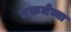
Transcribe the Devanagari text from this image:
एकमेव्या